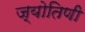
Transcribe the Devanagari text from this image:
ज्योतिणी